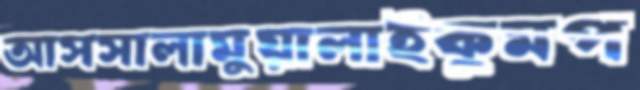
আসসালামুয়ালাইকুমপ